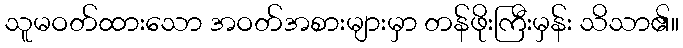
သူမဝတ်ထားသော အဝတ်အစားများမှာ တန်ဖိုးကြီးမှန်း သိသာ၏။